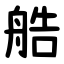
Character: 艁